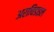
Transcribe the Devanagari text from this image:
अराचिडाइल